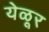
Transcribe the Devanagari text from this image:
येळूर